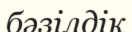
бәзілдік